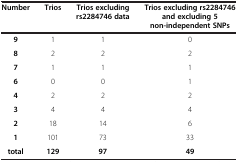
<table><thead><tr><td><b>Number</b></td><td><b>Trios</b></td><td><b>Trios excluding rs2284746 data</b></td><td><b>Trios excluding rs2284746 and excluding 5 non-independent SNPs</b></td></tr></thead><tbody><tr><td><b>9</b></td><td>1</td><td>1</td><td>0</td></tr><tr><td><b>8</b></td><td>2</td><td>2</td><td>2</td></tr><tr><td><b>7</b></td><td>1</td><td>1</td><td>1</td></tr><tr><td><b>6</b></td><td>0</td><td>0</td><td>1</td></tr><tr><td><b>4</b></td><td>2</td><td>2</td><td>2</td></tr><tr><td><b>3</b></td><td>4</td><td>4</td><td>4</td></tr><tr><td><b>2</b></td><td>18</td><td>14</td><td>6</td></tr><tr><td><b>1</b></td><td>101</td><td>73</td><td>33</td></tr><tr><td><b>total</b></td><td><b>129</b></td><td><b>97</b></td><td><b>49</b></td></tr></tbody></table>